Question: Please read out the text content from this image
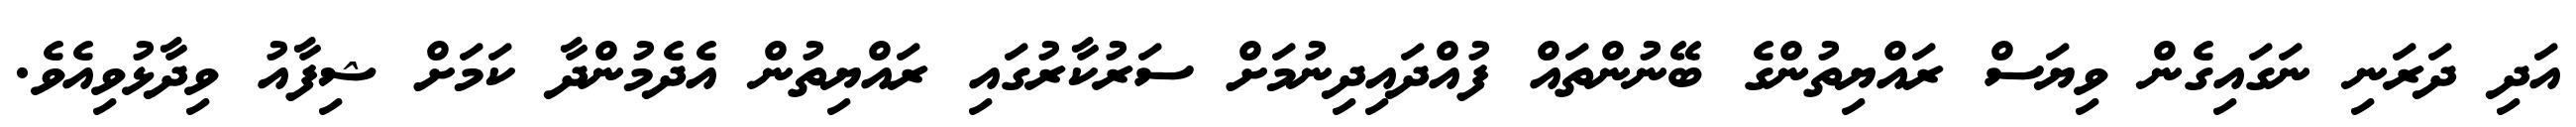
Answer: އަދި ދަރަނި ނަގައިގެން ވިޔަސް ރައްޔިތުންގެ ބޭނުންތައް ފުއްދައިދިނުމަށް ސަރުކާރުގައި ރައްޔިތުން އެދެމުންދާ ކަމަށް ޝިފާއު ވިދާޅުވިއެވެ.